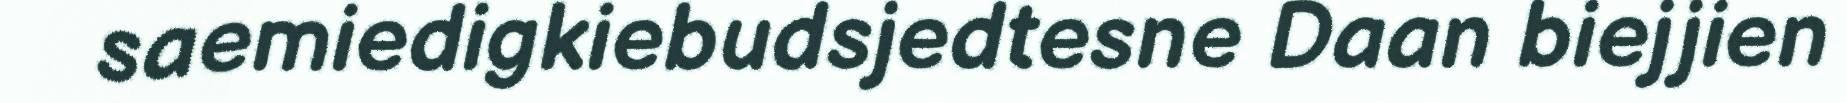
saemiedigkiebudsjedtesne Daan biejjien